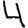
Digit: 4